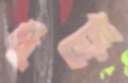
ধুঁয়ো